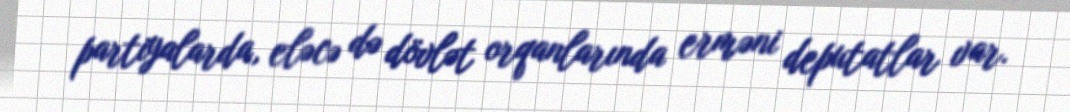
partiyalarda, eləcə də dövlət orqanlarında erməni deputatlar var.